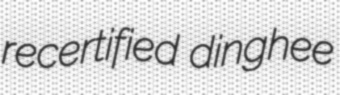
recertified dinghee